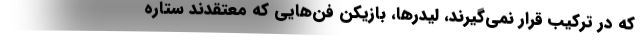
که در ترکیب قرار نمی‌گیرند، لیدرها، بازیکن فَن‌هایی که معتقدند ستاره